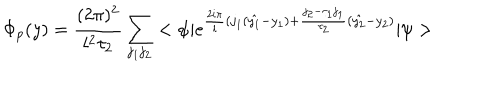
\Phi _ { p } ( y ) = \frac { ( 2 \pi ) ^ { 2 } } { l ^ { 2 } \tau _ { 2 } } \sum _ { j _ { 1 } j _ { 2 } } < \psi | e ^ { \frac { 2 i \pi } { l } ( j _ { 1 } ( \hat { y _ { 1 } } - y _ { 1 } ) + \frac { j _ { 2 } - \tau _ { 1 } j _ { 1 } } { \tau _ { 2 } } ( \hat { y _ { 2 } } - y _ { 2 } ) } | \psi >